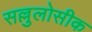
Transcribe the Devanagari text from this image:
सल्लुलोसीक